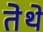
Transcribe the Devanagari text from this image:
तेेथे